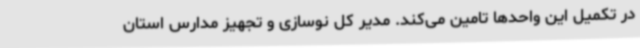
در تکمیل این واحدها تامین می‌کند. مدیر کل نوسازی و تجهیز مدارس استان